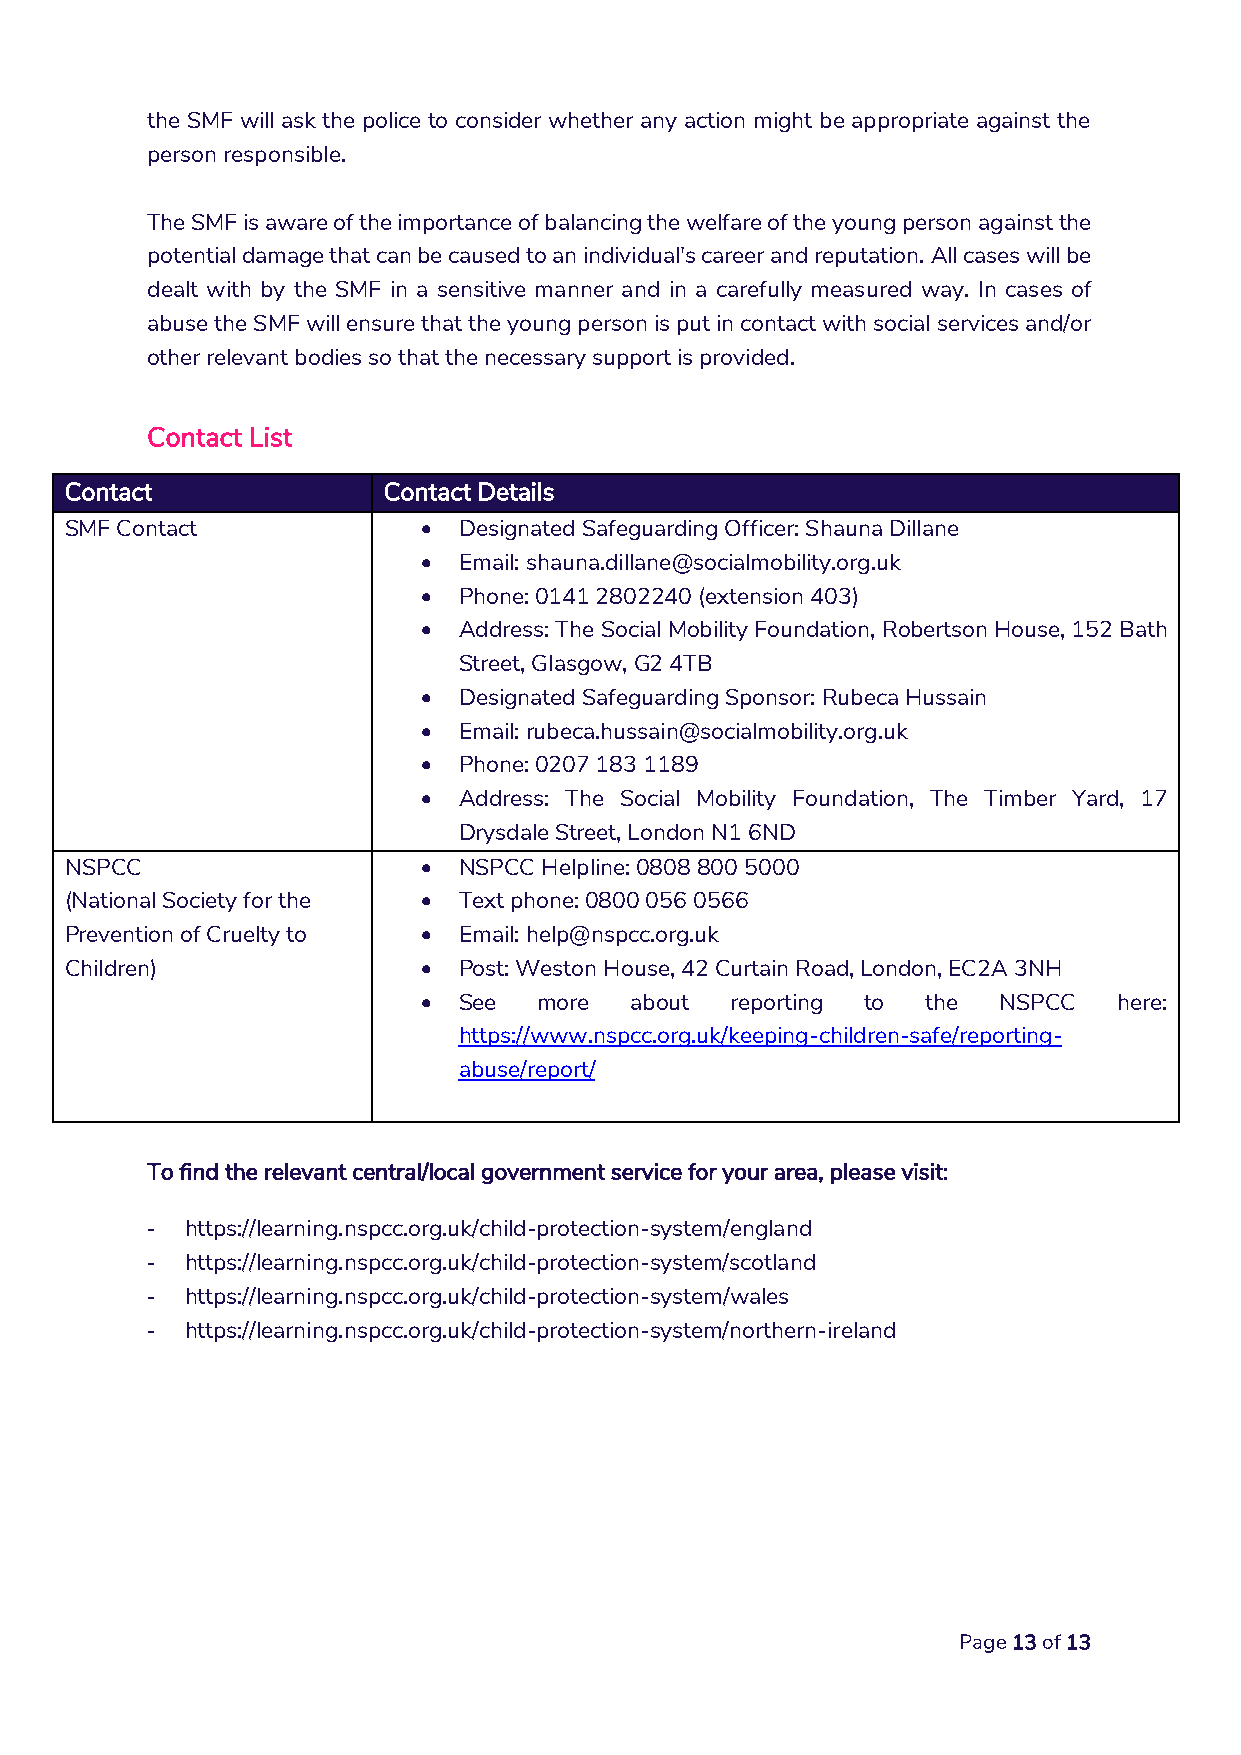
the SMF will ask the police to consider whether any action might be appropriate against the
 person responsible.
 The SMF is aware of the importance of balancing the welfare of the young person against the
 potential damage that can be caused to an individual's career and reputation. All cases will be
 dealt with by the SMF in a sensitive manner and in a carefully measured way. In cases of
 abuse the SMF will ensure that the young person is put in contact with social services and/or
 other relevant bodies so that the necessary support is provided.
 Contact List
 Contact              Contact Details
 SMF Contact              Designated Safeguarding Officer: Shauna Dillane
  Email: shauna.dillane@socialmobility.org.uk
  Phone: 0141 2802240 (extension 403)
  Address: The Social Mobility Foundation, Robertson House, 152 Bath
 Street, Glasgow, G2 4TB
  Designated Safeguarding Sponsor: Rubeca Hussain
  Email: rubeca.hussain@socialmobility.org.uk
  Phone: 0207 183 1189
  Address: The Social Mobility Foundation, The Timber Yard, 17
 Drysdale Street, London N1 6ND
 NSPCC                    NSPCC Helpline: 0808 800 5000
 (National Society for the  Text phone: 0800 056 0566
 Prevention of Cruelty to  Email: help@nspcc.org.uk
 Children)                Post: Weston House, 42 Curtain Road, London, EC2A 3NH
  See   more  about reporting to the  NSPCC   here:
 https://www.nspcc.org.uk/keeping-children-safe/reporting-
 abuse/report/
 To find the relevant central/local government service for your area, please visit:
 - https://learning.nspcc.org.uk/child-protection-system/england
 - https://learning.nspcc.org.uk/child-protection-system/scotland
 - https://learning.nspcc.org.uk/child-protection-system/wales
 - https://learning.nspcc.org.uk/child-protection-system/northern-ireland
 Page 13 of 13